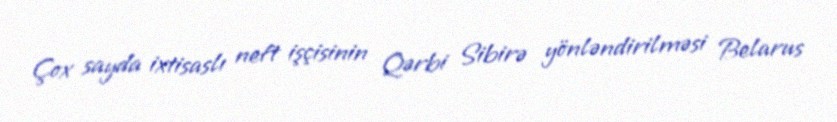
Çox sayda ixtisaslı neft işçisinin Qərbi Sibirə yönləndirilməsi Belarus